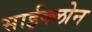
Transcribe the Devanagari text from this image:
साईक्लोन